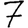
Digit: 7